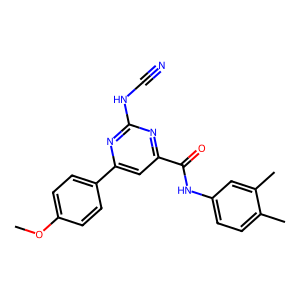
SMILES: COc1ccc(-c2cc(C(=O)Nc3ccc(C)c(C)c3)nc(NC#N)n2)cc1
Inhibits HIV replication: No